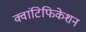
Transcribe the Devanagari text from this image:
क्वांटिफिकेशन